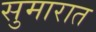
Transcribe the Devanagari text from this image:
सुमारात